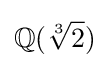
\mathbb {Q} ({\sqrt[{3}]{2}})